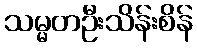
သမ္မတဦးသိန်းစိန်